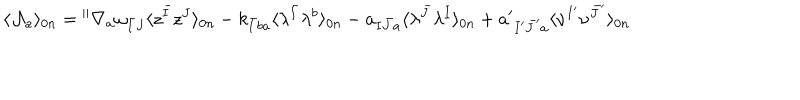
LaTeX: \langle { \cal A } _ { a } \rangle _ { 0 n } = { } ^ { \parallel } \nabla _ { a } \omega _ { \bar { I } J } \langle z ^ { \bar { I } } z ^ { J } \rangle _ { 0 n } - k _ { \bar { I } b a } \langle \lambda ^ { \bar { I } } \lambda ^ { b } \rangle _ { 0 n } - a _ { I \bar { J } a } \langle \lambda ^ { \bar { J } } \lambda ^ { I } \rangle _ { 0 n } + a ^ { \prime } { } _ { I ^ { \prime } \bar { J } ^ { \prime } a } \langle \nu ^ { I ^ { \prime } } \nu ^ { \bar { J } ^ { \prime } } \rangle _ { 0 n }